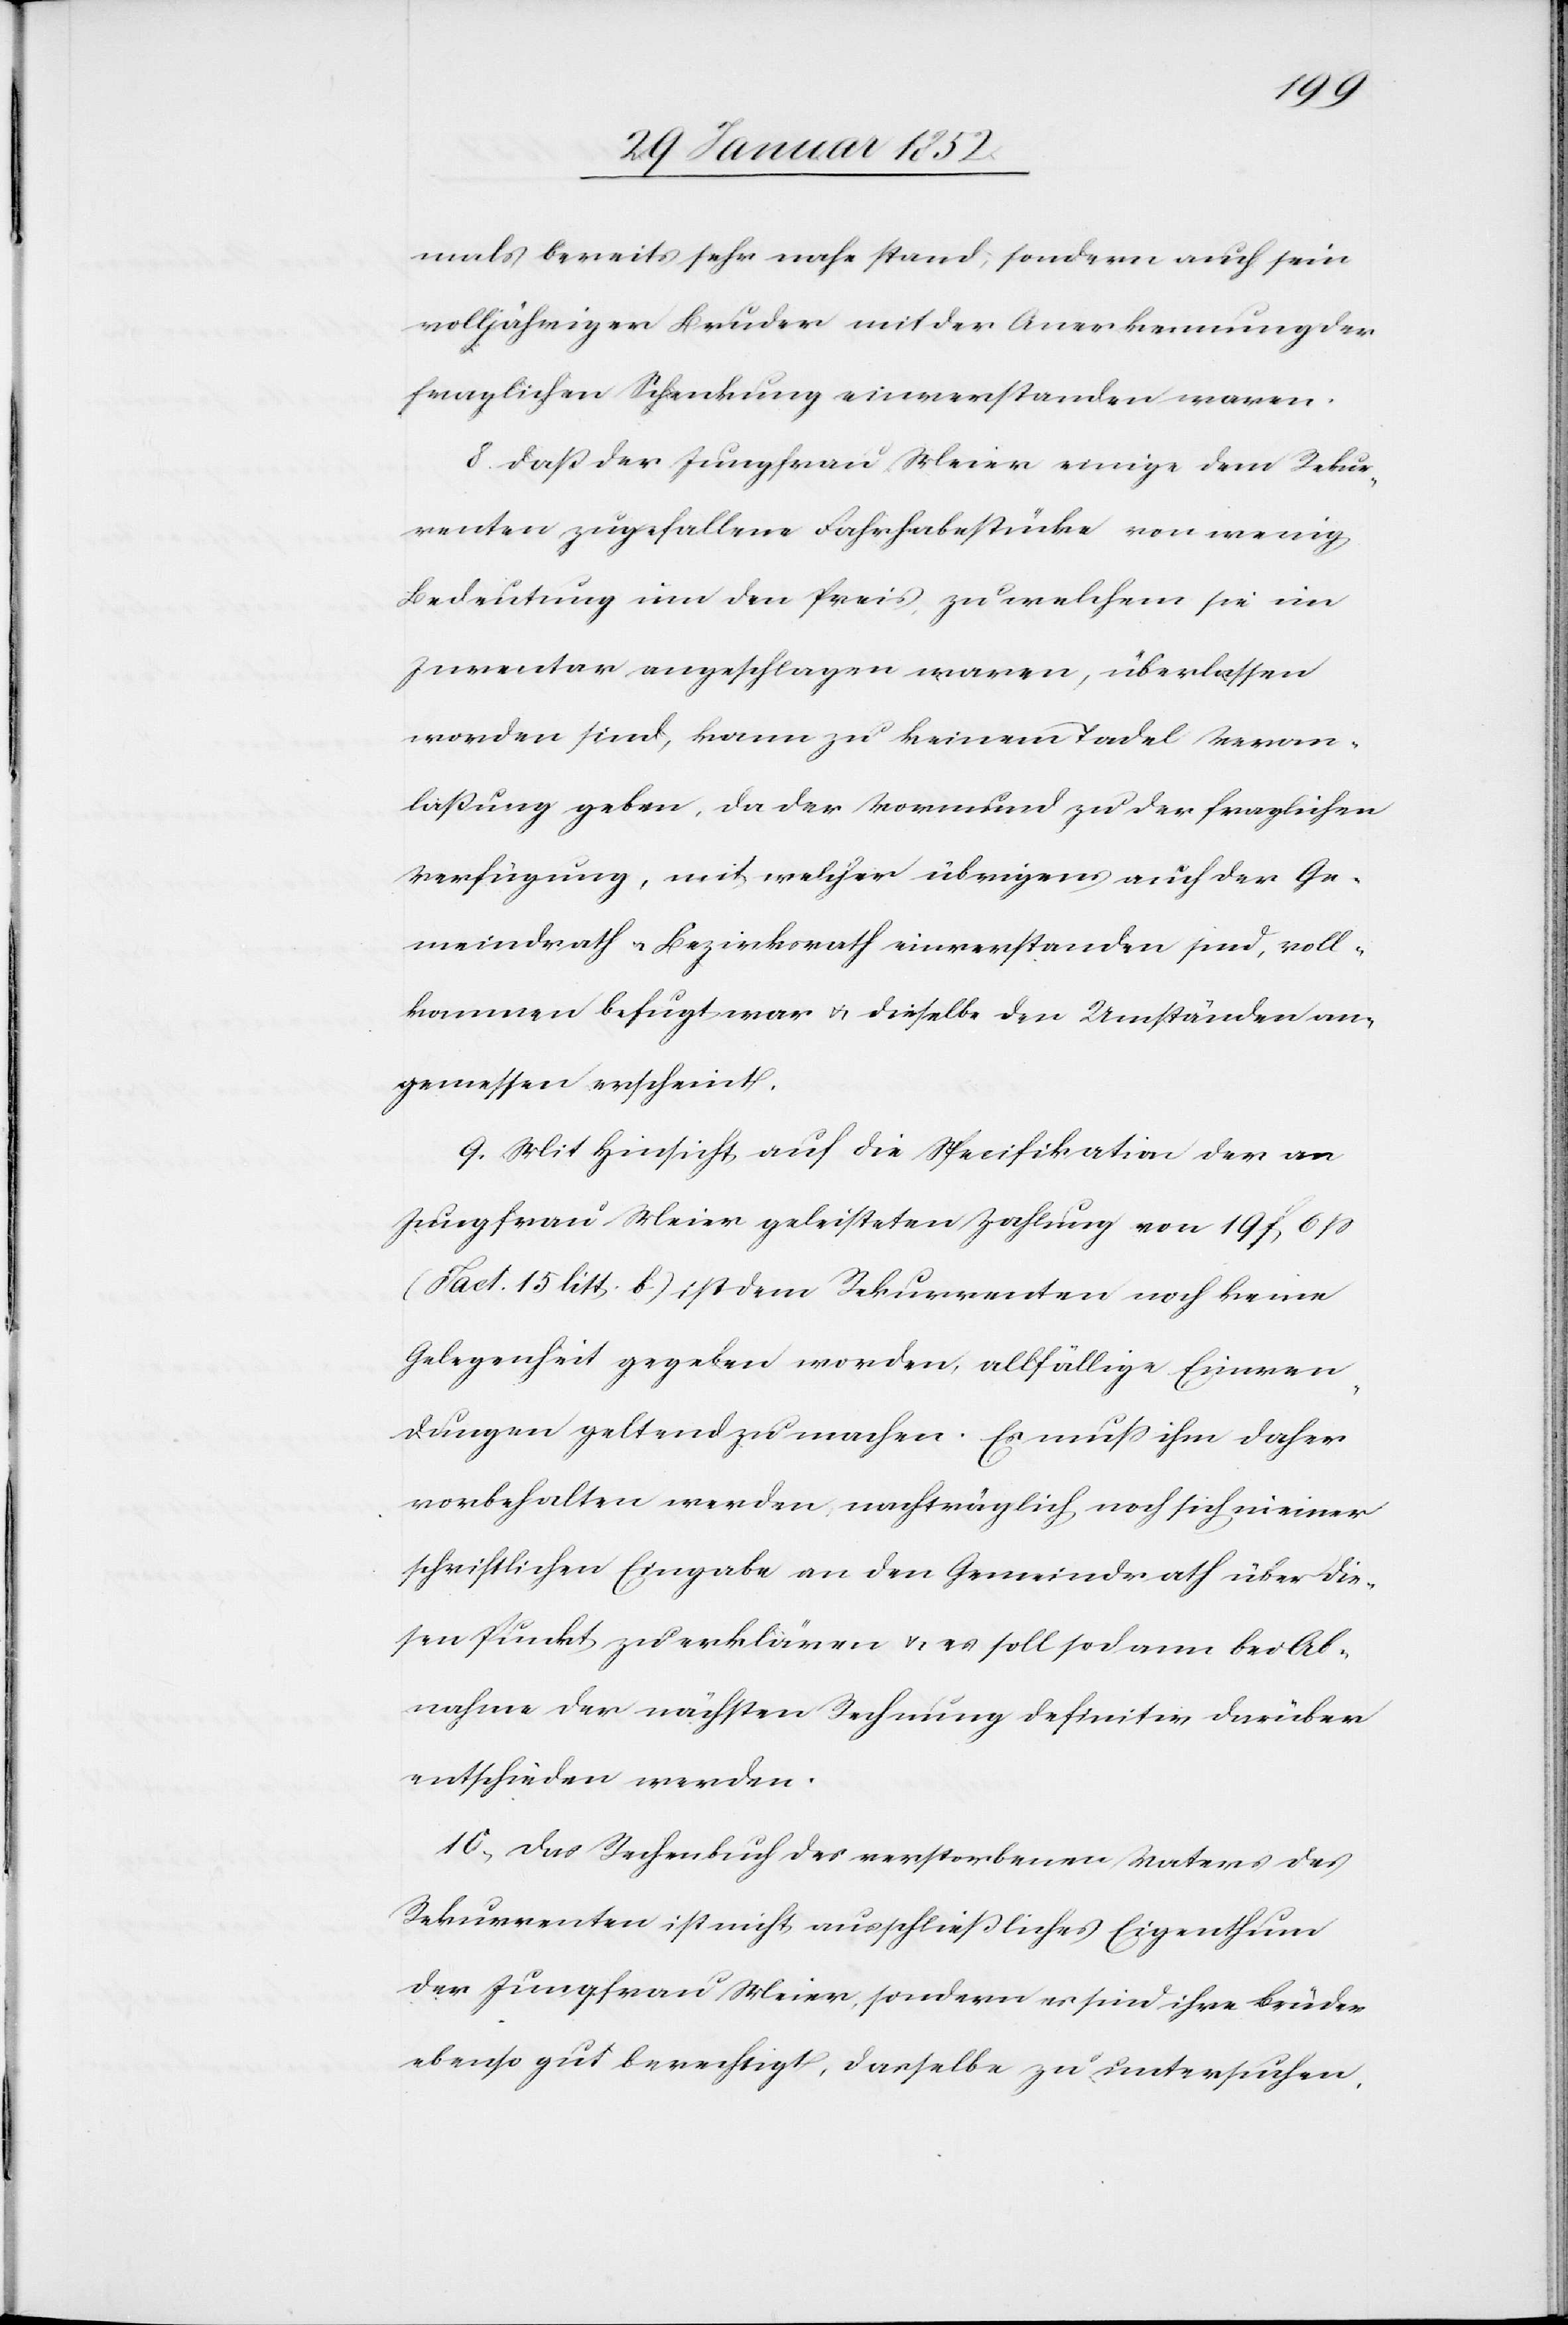
mals bereits sehr nahe stand, sondern auch sein
volljähriger Bruder mit der Anerkennung der
fraglichen Schenkung einverstanden waren.
8. Daß der Jungfrau Meier einige dem Rekur¬
renten zugefallene Fahrhabestücke von wenig
Bedeutung um den Preis, zu welchem sie im
Inventar angeschlagen waren, überlassen
worden sind, kann zu keinem Tadel Veran¬
laßung geben, da der Vormund zu der fraglichen
Verfügung, mit welcher übrigens auch der Ge¬
meindrath u. Bezirksrath einverstanden sind, voll¬
kommen befugt war u. dieselbe den Umständen an¬
gemessen erscheint.
9. Mit Hinsicht auf die Specifikation der an
Jungfrau Meier geleisteten Zahlung von 19 f. 6 ß
(Fact. 15 litt. b) ist dem Rekurrenten noch keine
Gelegenheit gegeben worden, allfällig Einwen¬
dungen geltend zu machen. Es muß ihm daher
vorbehalten werden, nachträglich noch sich in einer
schriftlichen Eingabe an den Gemeindrath über die¬
sen Punkt zu erklären u. es soll dann bei Ab¬
nahme der nächsten Rechnung definitiv darüber
entschieden werden.
10.) Das Rechenbuch des verstorbenen Vaters des
Rekurrenten ist nicht ausschließlich Eigenthum
der Jungfrau Meier, sondern es sind ihre Brüder
ebenso gut berechtigt, dasselbe zu untersuchen